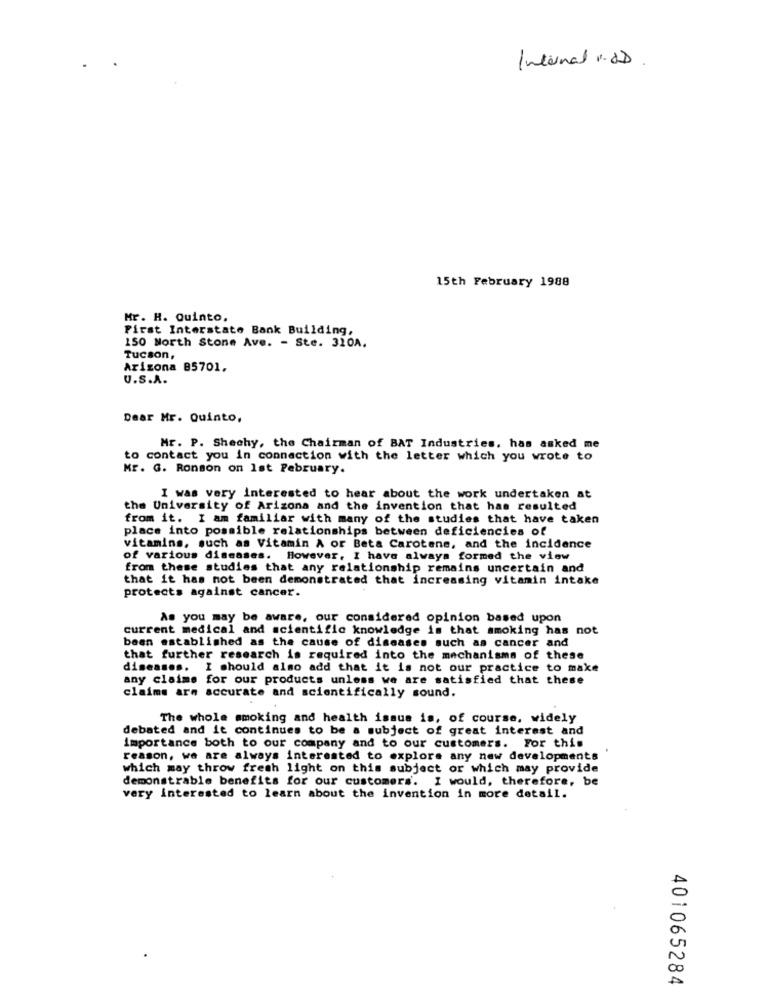
Internal .UD.
15th February 1988
Mr. H. Quinto.
First Interstate Bank Building,
150 North Stone Ave. - Ste. 310A.
Tucson,
Arizona 85701,
U.S.A.
Dear Mr. Quinto,
Mr. P. Shechy, the Chairman of BAT Industries, has asked me
to contact you in connection with the letter which you wrote to
Mr. G. Ronson on 1st February.
I was very interested to hear about the work undertaken at
the University of Arizona and the invention that has resulted
from it. I am familiar with many of the studies that have taken
place into possible relationships between deficiencies of
vitamins, such as Vitamin A or Beta Carotene, and the incidence
of various diseases. However, I have always formed the view
from these studies that any relationship remains uncertain and
that it has not been demonstrated that increasing vitamin intake
protects against cancer.
As you may be aware, our considered opinion based upon
current medical and scientific knowledge is that smoking has not
been established as the cause of diseases such as cancer and
that further research is required into the mechanisms of these
diseases. I should also add that it is not our practice to make
any claims for our products unless we are satisfied that these
claims arm accurate and scientifically sound.
The whole smoking and health issue is, of course, widely
debated and it continues to be a subject of great interest and
importance both to our company and to our customers. For this
reason, we are always interested to explore any new developments
which may throw fresh light on this subject or which may provide
demonstrable benefits for our customers. I would, therefore, be
very interested to learn about the invention in more detail.
401065284